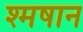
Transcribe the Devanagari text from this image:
श्मषान